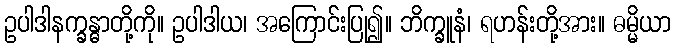
ဥပါဒါနက္ခန္ဓာတို့ကို။ ဥပါဒါယ၊ အကြောင်းပြု၍။ ဘိက္ခူနံ၊ ရဟန်းတို့အား။ ဓမ္မိယာ